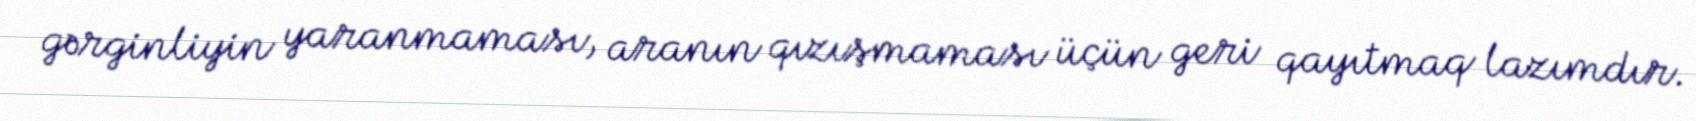
gərginliyin yaranmaması, aranın qızışmaması üçün geri qayıtmaq lazımdır.